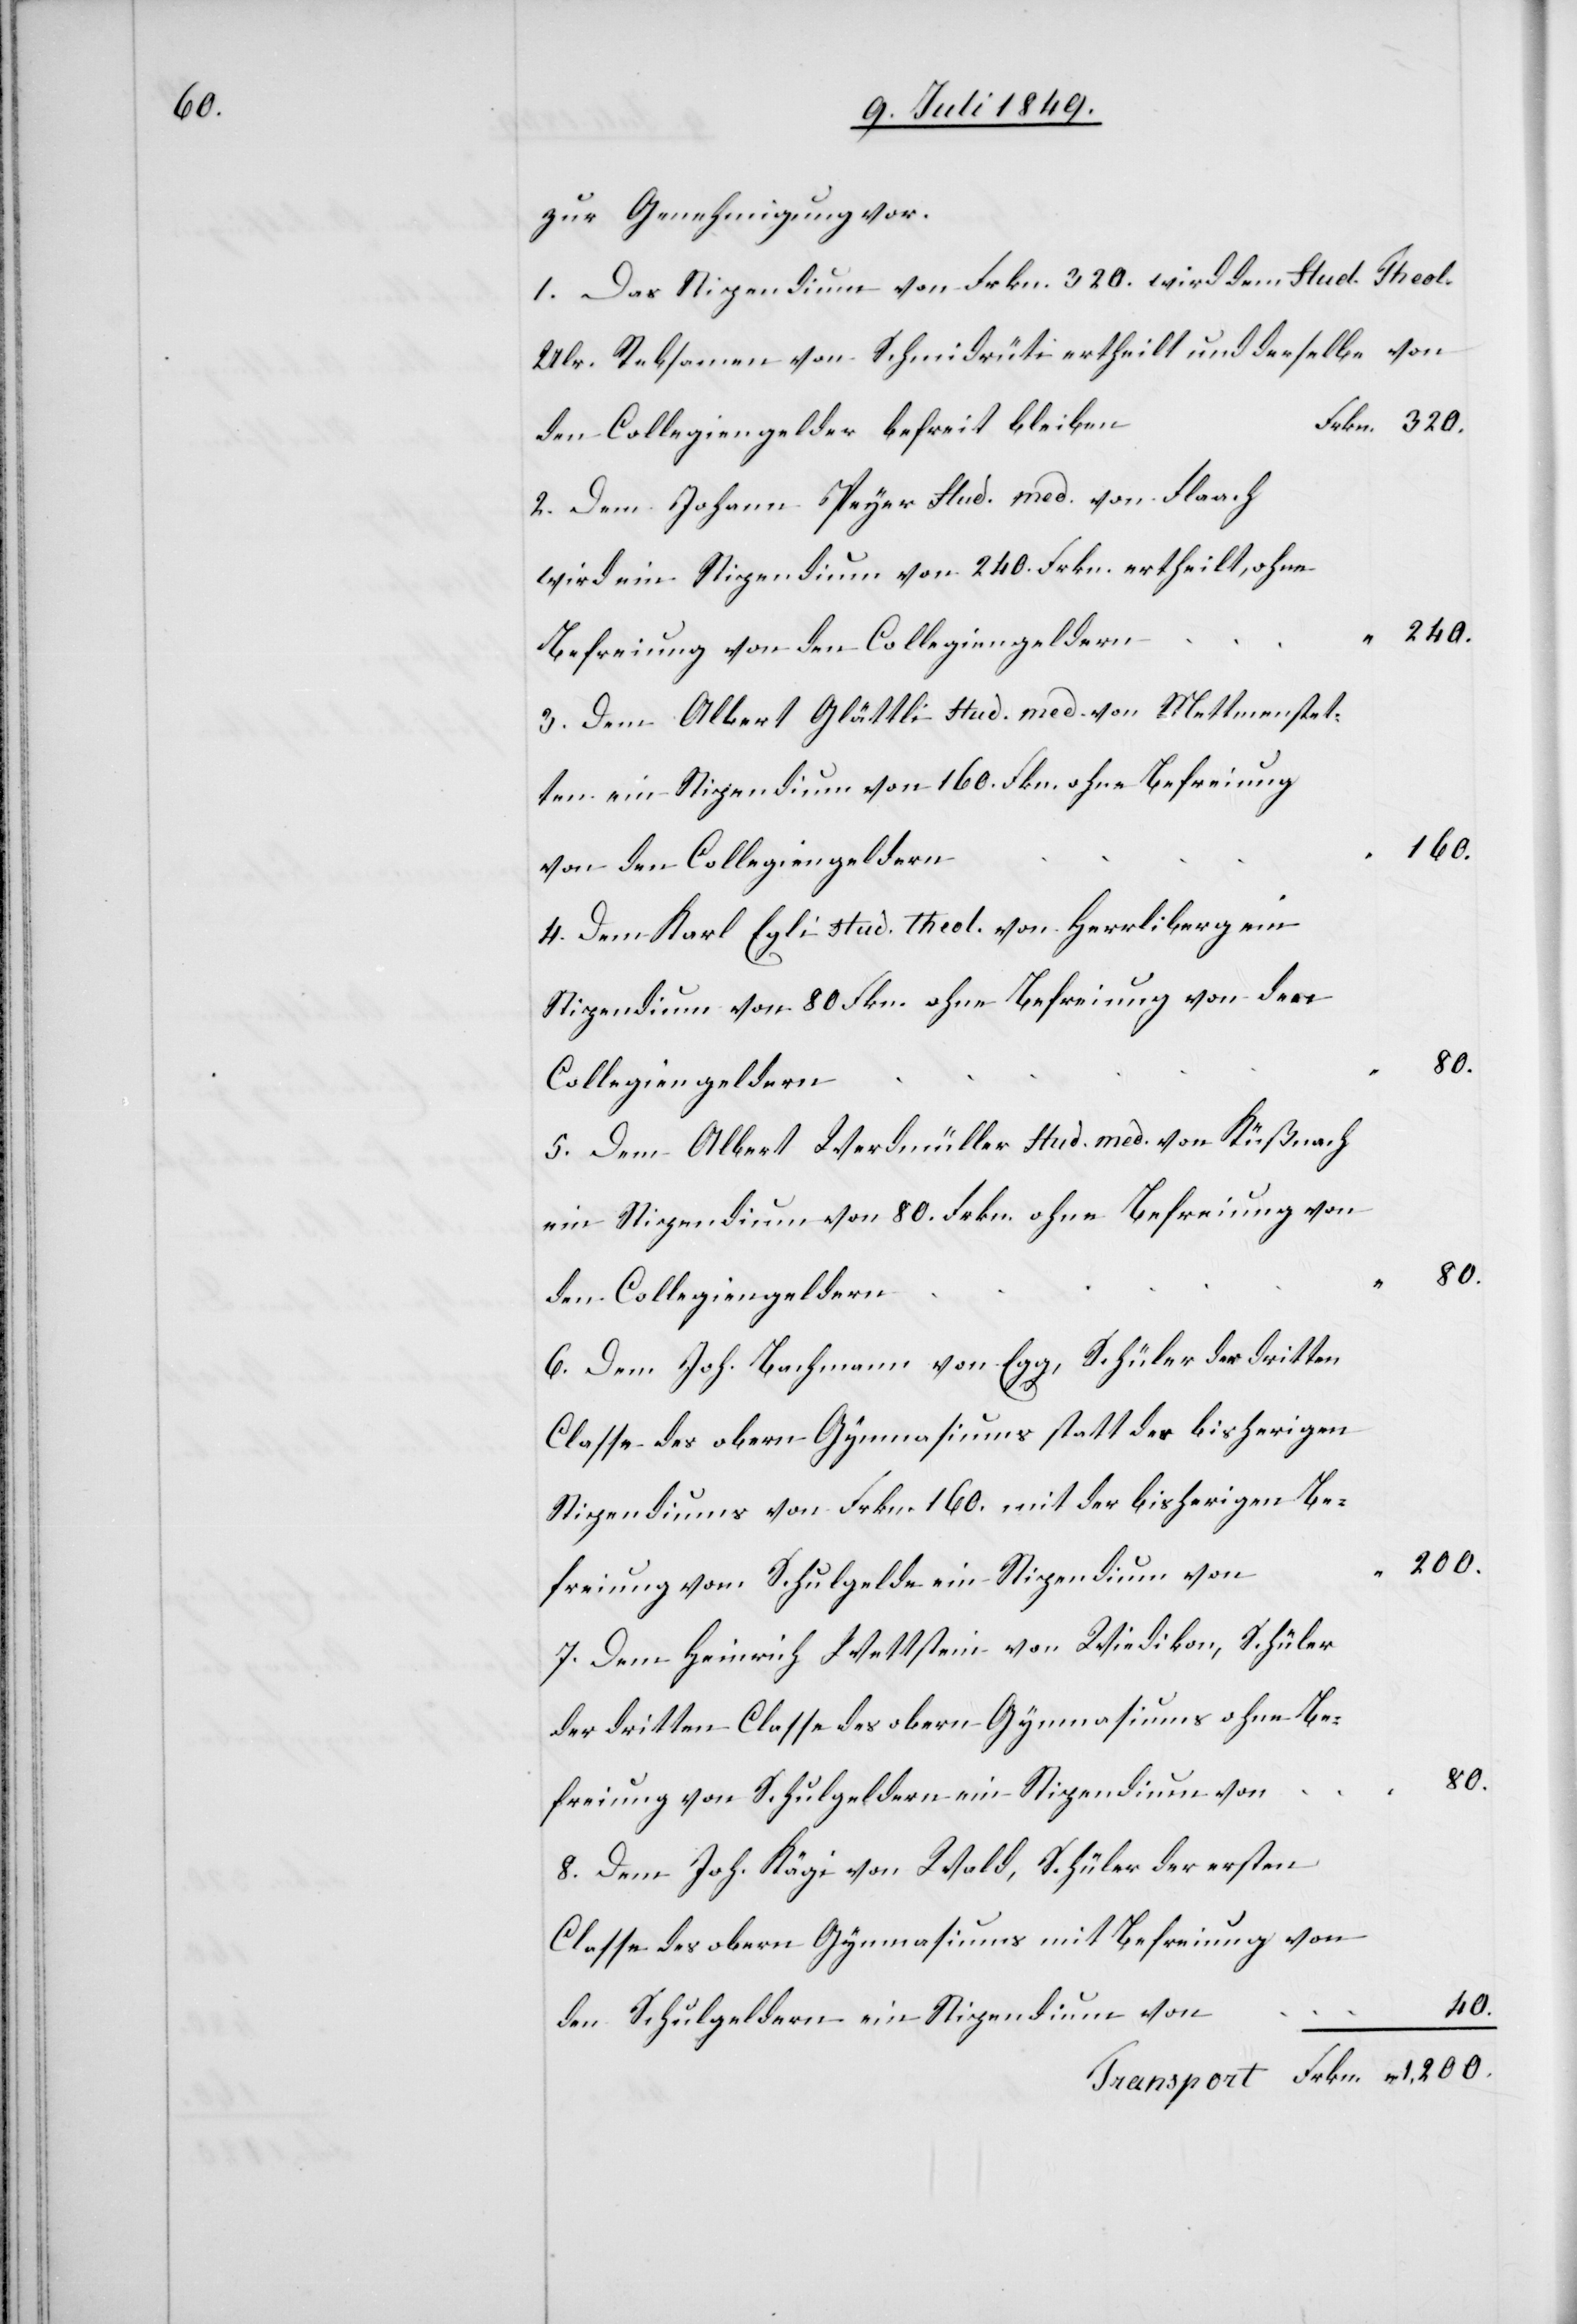
zur Genehmigung vor.
1. Das Stipendium von Frkn. 320. wird dem Stud. Theol.
Rebsamen von Schmidrüti ertheilt und derselbe von
Frkn. ertheilt,
2. Dem Johann Peyer Stud. med. von Flaach
240.
Befreiung von den Schulgeldern
3. Dem Albert Glättli Stud. med. von Mettmenstett¬
ein Stipendium von 160. Fkn. ohne Befreiung
160.
von den Collegiengeldern
4. Dem Karl Egli stud. theol. von Herrliberg ein
Stipendium von 80. Frkn. ohne Befreiung von den
80.
Collegiengeldern
5. Dem Albert Werdmüller stud. med. von Küßnach
6. Dem Joh. Bachmann von Egg, Schüler der dritten
des obern Gymnasiums statt des bisherigen
200.
7. Dem Heinrich Wettstein von Wiedikon, Schüler
8. Dem Joh. Kägi von Wald, Schüler der ersten
Classe des obern Gymnasiums ohne Befreiung von
en